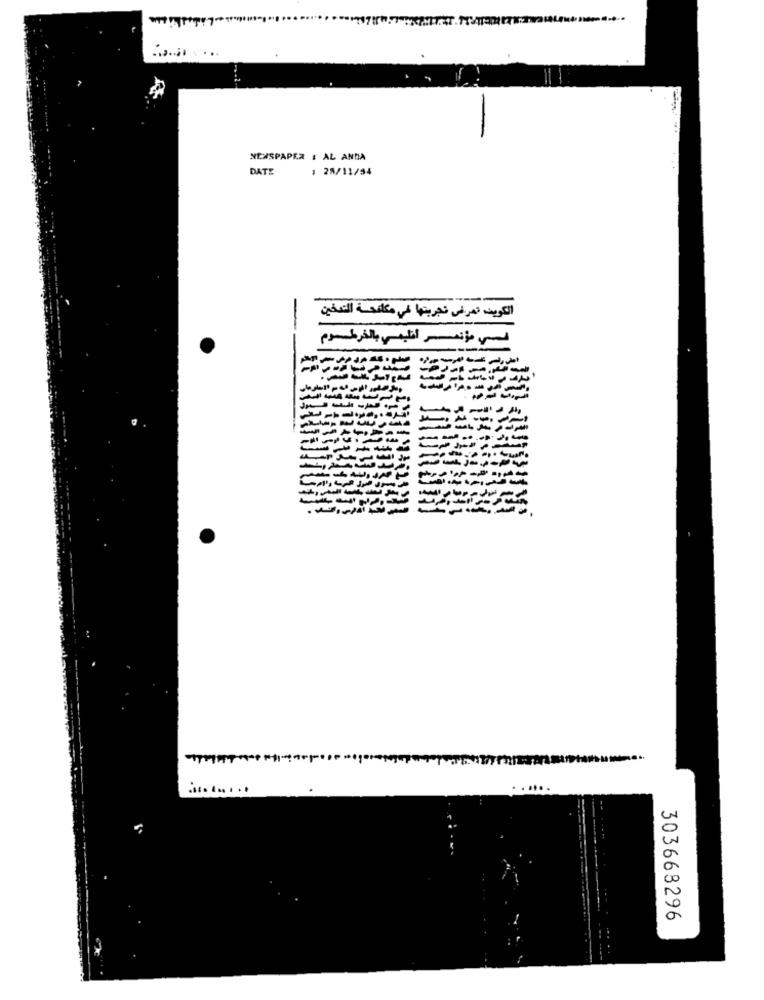
..........
NEWSPAPER : AL ANDA
DATE
: 28/11/54
-
الكويت، تعرفى تجربتها في مكافحة التدخين
فسي مؤتمر أنليمي بالخرطوم
..........
...
303668296